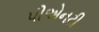
પીએનટી